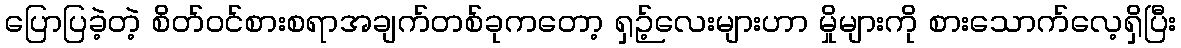
ပြောပြခဲ့တဲ့ စိတ်ဝင်စားစရာအချက်တစ်ခုကတော့ ရှဉ့်လေးများဟာ မှိုများကို စားသောက်လေ့ရှိပြီး